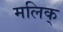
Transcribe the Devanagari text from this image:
मलिक्